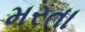
મરતા